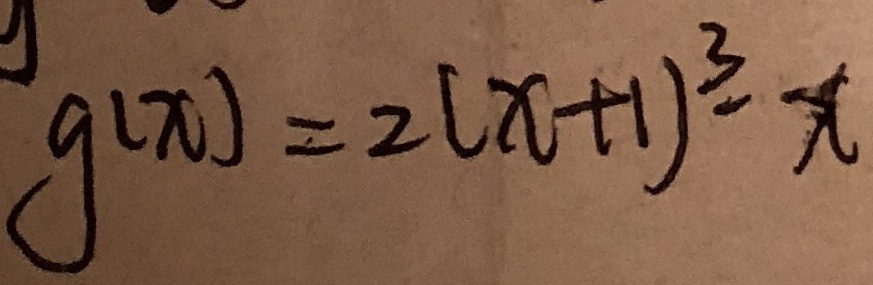
g ( x ) = 2 ( x + 1 ) ^ { 3 } - x